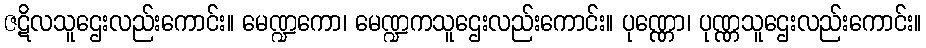
ဇဋိလသူဌေးလည်းကောင်း။ မေဏ္ဍကော၊ မေဏ္ဍကသူဌေးလည်းကောင်း။ ပုဏ္ဏော၊ ပုဏ္ဏသူဌေးလည်းကောင်း။